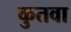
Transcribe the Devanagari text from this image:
कुतवा